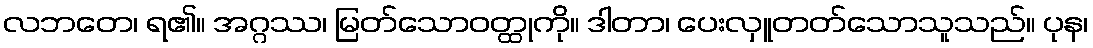
လဘတေ၊ ရ၏။ အဂ္ဂဿ၊ မြတ်သောဝတ္ထုကို။ ဒါတာ၊ ပေးလှူတတ်သောသူသည်။ ပုန၊